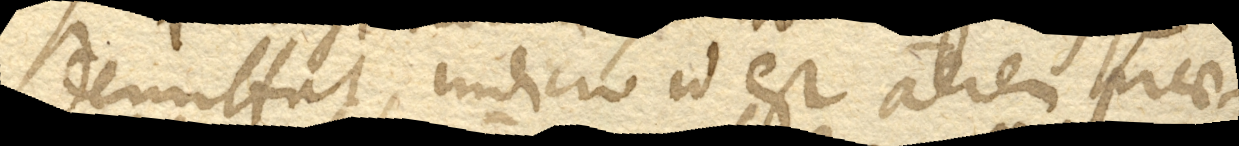
demittat, indicio id est aerem prae–